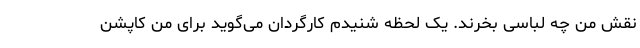
نقش من چه لباسی بخرند. یک لحظه شنیدم کارگردان می‌گوید برای من کاپشن